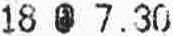
18 @ 7.30